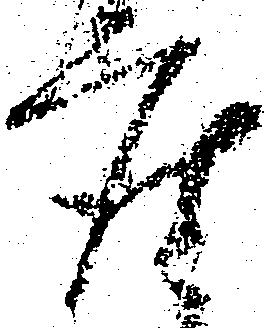
座